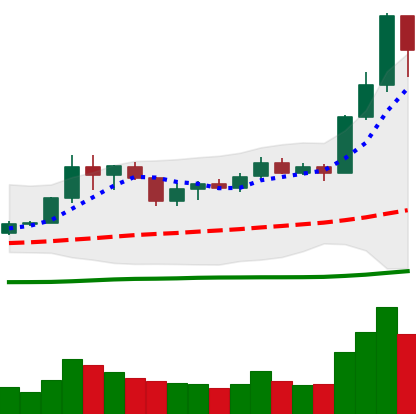
Ticker: LINK-USD
Chart end date: 2020-07-09
Forward return: 32.75%
Label: up_7plus